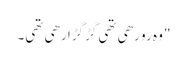
" وہ رو رھی تھی گڑگڑا رھی تھی۔